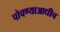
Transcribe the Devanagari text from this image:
पोचण्याआधीच